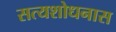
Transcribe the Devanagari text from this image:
सत्यशोधनास